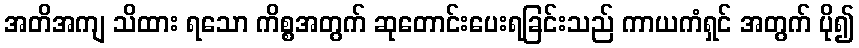
အတိအကျ သိထား ရသော ကိစ္စအတွက် ဆုတောင်းပေးရခြင်းသည် ကာယကံရှင် အတွက် ပို၍